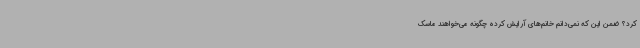
کرد؟ ضمن این که نمی‌دانم خانم‌های آرایش کرده چگونه می‌خواهند ماسک